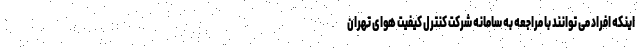
اینکه افراد می توانند با مراجعه به سامانه شرکت کنترل کیفیت هوای تهران